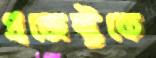
প্রজেক্টকে